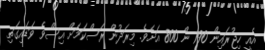
އެއީ ހިޖުރައިން 790 ން 800 އަށެވެ. މިރަދުން ރަސްކަމަށް އިސްވެ ވަޑައިގަތި